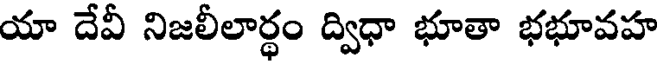
యా దేవీ నిజలీలార్థం ద్విధా భూతా భభూవహ